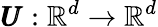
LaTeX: \pmb{U}:\mathbb{R}^{d}\rightarrow\mathbb{R}^{d}